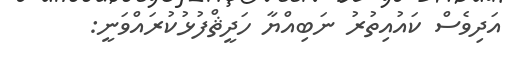
އަދިވެސް ކައުއިތުރު ނަބިއްޔާ ހަދީޘްފުޅުކުރައްވަނީ: